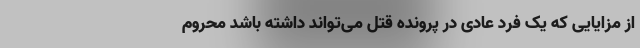
از مزایایی که یک فرد عادی در پرونده قتل می‌تواند داشته باشد محروم